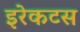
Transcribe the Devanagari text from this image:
इरेकटस